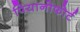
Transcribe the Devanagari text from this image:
पियानोफोर्ट